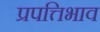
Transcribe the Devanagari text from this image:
प्रपत्तिभाव